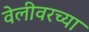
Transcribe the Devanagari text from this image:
वेलीवरच्या